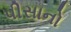
પીસાનો